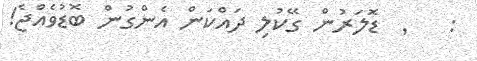
: